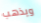
ويذهب